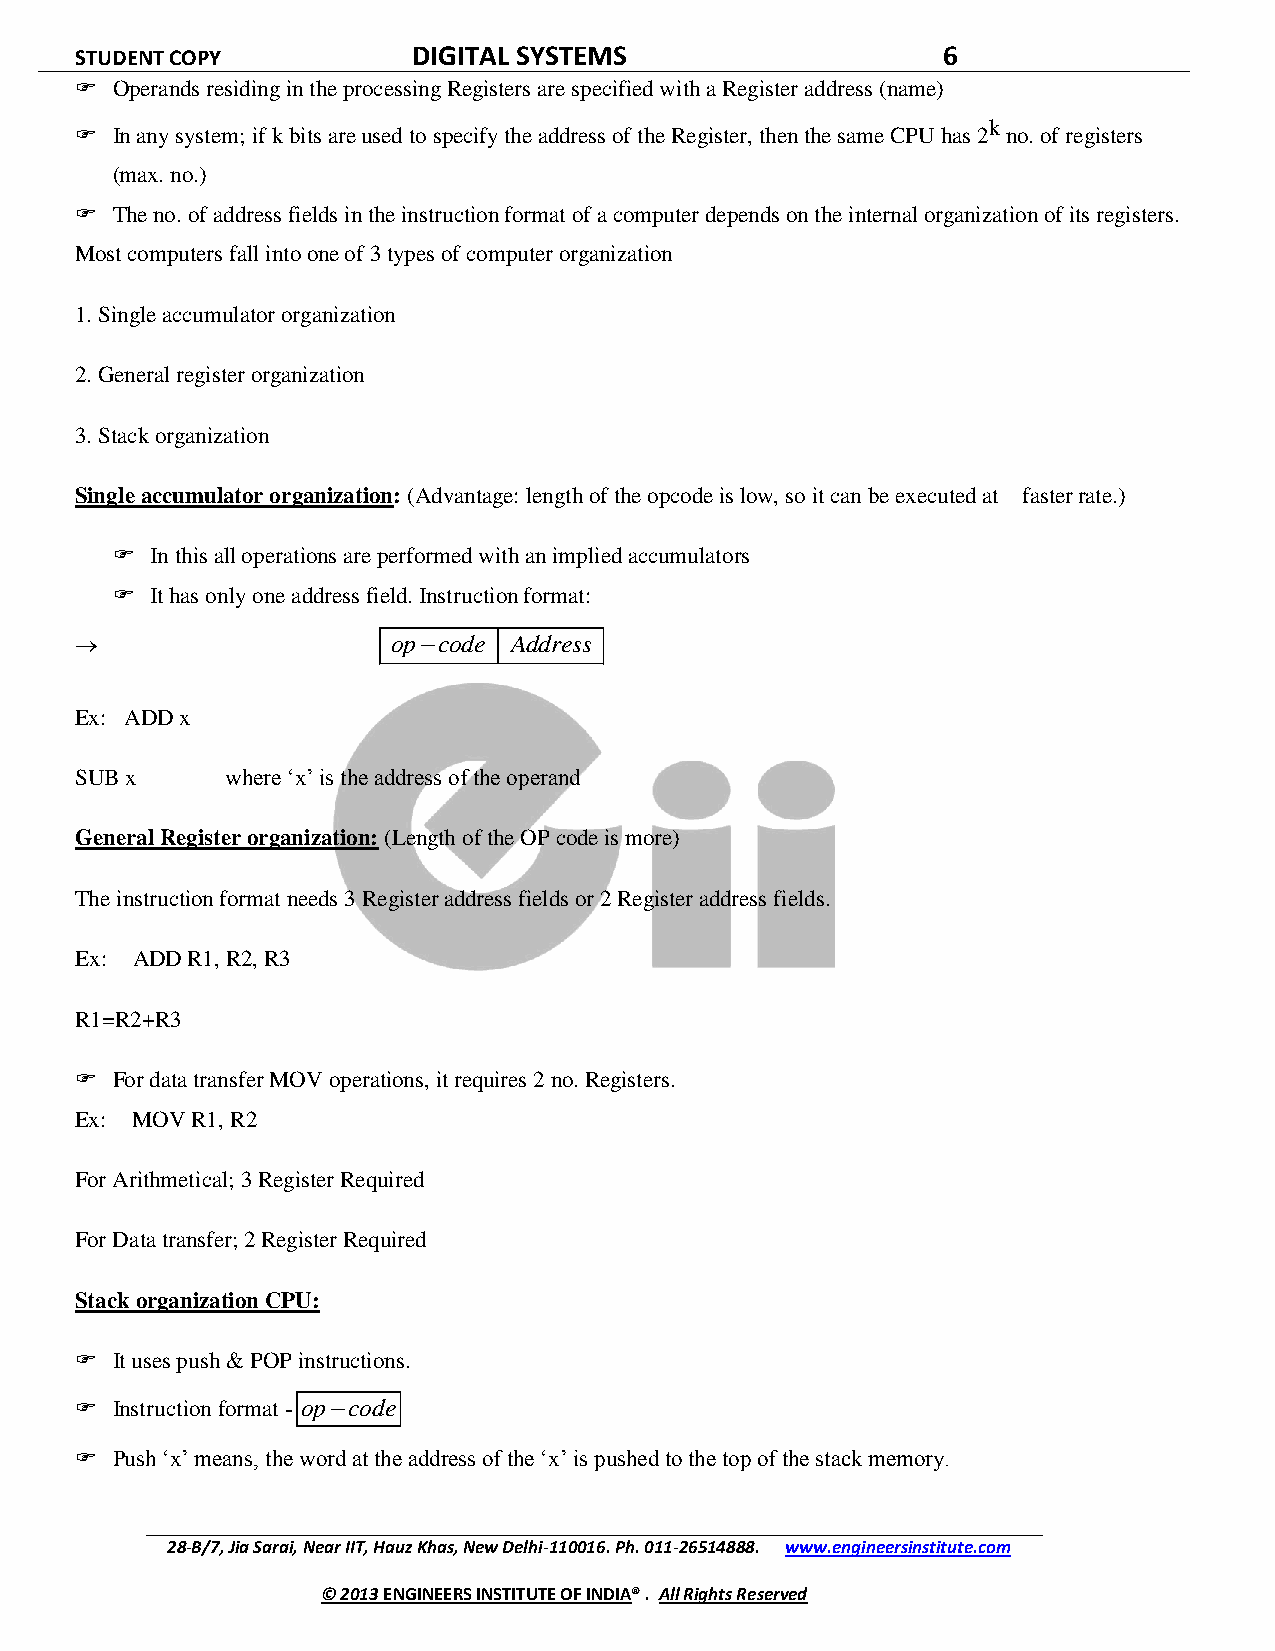
STUDENT COPY          DIGITAL SYSTEMS                    6
  Operands residing in the processing Registers are specified with a Register address (name)
  In any system; if k bits are used to specify the address of the Register, then the same CPU has
 2k
 no. of registers
 (max. no.)
  The no. of address fields in the instruction format of a computer depends on the internal organization of its registers.
 Most computers fall into one of 3 types of computer organization
 1. Single accumulator organization
 2. General register organization
 3. Stack organization
 Single accumulator organization: (Advantage: length of the opcode is low, so it can be executed at faster rate.)
   In this all operations are performed with an implied accumulators
   It has only one address field. Instruction format:
 
 opcode Address
 Ex: ADD x
 SUB x     where ‘x’ is the address of the operand
 General Register organization: (Length of the OP code is more)
 The instruction format needs 3 Register address fields or 2 Register address fields.
 Ex: ADD R1, R2, R3
 R1=R2+R3
  For data transfer MOV operations, it requires 2 no. Registers.
 Ex: MOV R1, R2
 For Arithmetical; 3 Register Required
 For Data transfer; 2 Register Required
 Stack organization CPU:
  It uses push & POP instructions.
  Instruction format - opcode
  Push ‘x’ means, the word at the address of the ‘x’ is pushed to the top of the stack memory.
 28-B/7, Jia Sarai, Near IIT, Hauz Khas, New Delhi-110016. Ph. 011-26514888. www.engineersinstitute.com
 © 2013 ENGINEERS INSTITUTE OF INDIA® . All Rights Reserved